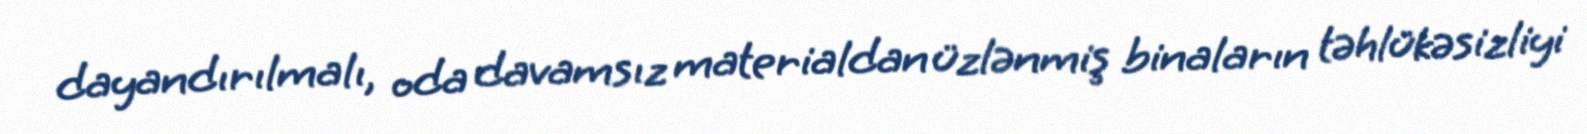
dayandırılmalı, oda davamsız materialdan üzlənmiş binaların təhlükəsizliyi